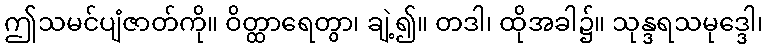
ဤသမင်ပျံဇာတ်ကို။ ဝိတ္ထာရေတွာ၊ ချဲ့၍။ တဒါ၊ ထိုအခါ၌။ သုန္ဒရသမုဒ္ဒေါ၊